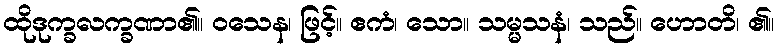
ထိုဒုက္ခလက္ခဏာ၏။ ဝသေန၊ ဖြင့်။ ဧကံ၊ သော။ သမ္မသနံ၊ သည်။ ဟောတိ၊ ၏။